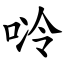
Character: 唥